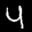
Digit: 4